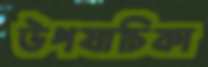
উপযাচিকা